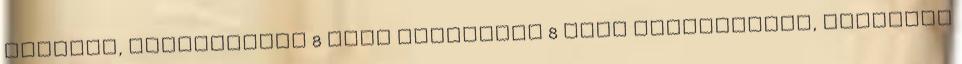
ismeret, Bejelentett 8 órás munkahely 8 órás munkavégzés, munkaidő